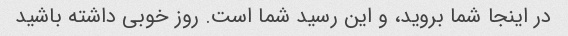
در اینجا شما بروید، و این رسید شما است. روز خوبی داشته باشید